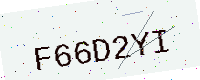
Text: F66D2YI